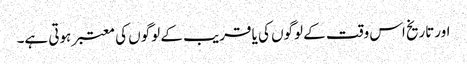
اورتاریخ اس وقت کے لوگوں کی یا قریب کے لوگوں کی معتبر ہوتی ہے۔